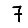
Digit: 7